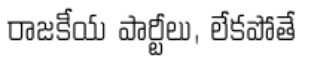
రాజకీయ పార్టీలు, లేకపోతే